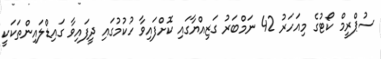
ސުޕްރީމް ކޯޓުގެ މިއަހަރު 42 ނަމްބަރު ގަޒިއްޔާގައި ކޮށްފައިވާ ހުކުމުގައި ދީފައިވާ ގައިޑްލައިންތަކަކީ